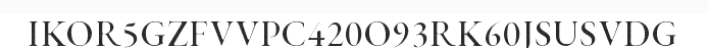
IKOR5GZFVVPC420O93RK60JSUSVDG